Report of the Bombay Veterinary College
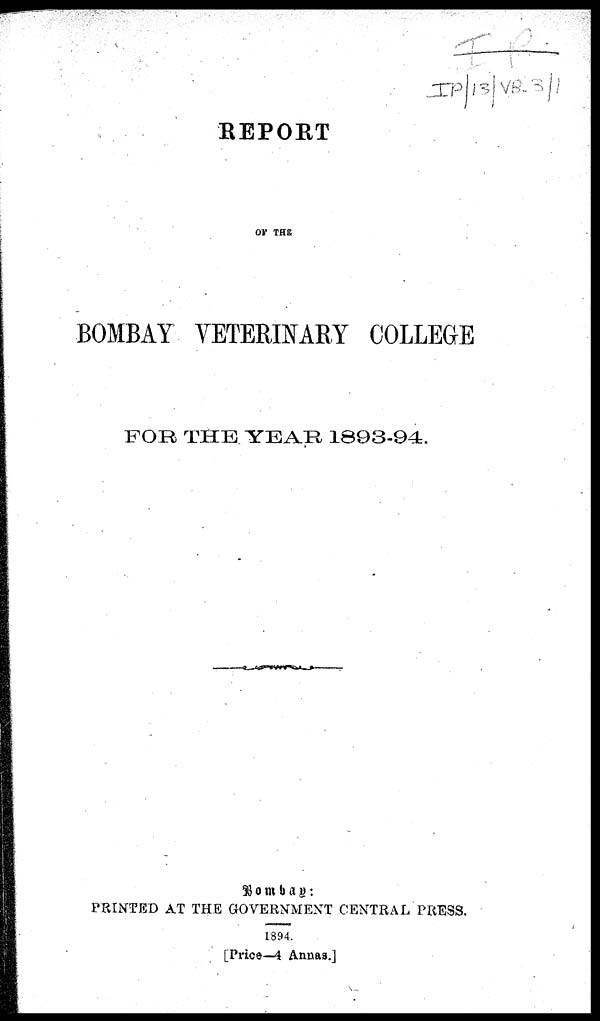
REPORT
OF THE
BOMBAY VETERINARY COLLEGE
FOR THE YEAR 1893-94.
Bombay:
PRINTED AT THE GOVERNMENT CENTRAL PRESS.
1894.
[Price—4 Annas.]